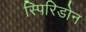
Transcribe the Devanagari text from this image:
स्पिरिडोन